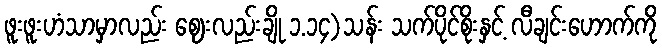
ဖူးဖူးဟံသာမှာလည်း ဈေးလည်းချို ၁.၁၄)သန်း သက်ပိုင်စိုးနှင့် လီချင်းဟောက်ကို